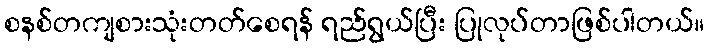
စနစ်တကျစားသုံးတတ်စေရန် ရည်ရွယ်ပြီး ပြုလုပ်တာဖြစ်ပါတယ်။